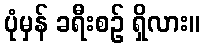
ပုံမှန် ခရီးစဉ် ရှိလား။